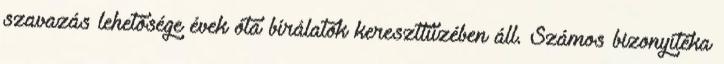
szavazás lehetősége évek óta bírálatok kereszttüzében áll. Számos bizonyítéka